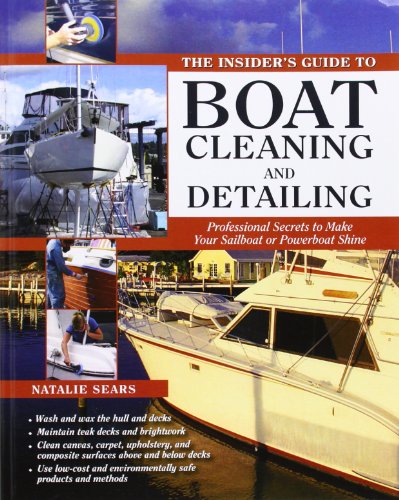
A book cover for The Insider's Guide to Boat Cleaning and Detailing: Professional Secrets to Make Your Sail-or Powerboat Beautiful; Natalie Sears; Sports & Outdoors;